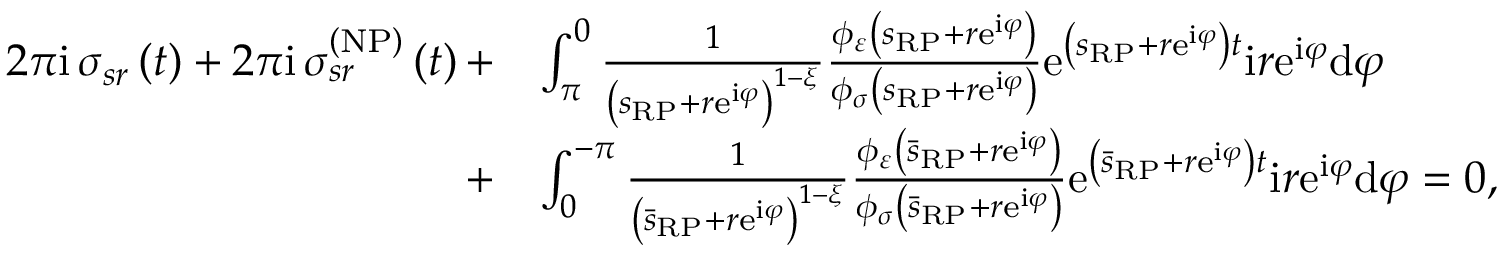
\begin{array} { r l } { 2 \pi \mathrm { i \, } \sigma _ { s r } \left( t \right) + 2 \pi \mathrm { i \, } \sigma _ { s r } ^ { \left( \mathrm { N P } \right) } \left( t \right) + } & { \int _ { \pi } ^ { 0 } \frac { 1 } { \left( s _ { \scriptscriptstyle { \mathrm { R P } } } + r \mathrm { e } ^ { \mathrm { i } \varphi } \right) ^ { 1 - \xi } } \frac { \phi _ { \varepsilon } \left( s _ { \scriptscriptstyle { \mathrm { R P } } } + r \mathrm { e } ^ { \mathrm { i } \varphi } \right) } { \phi _ { \sigma } \left( s _ { \scriptscriptstyle { \mathrm { R P } } } + r \mathrm { e } ^ { \mathrm { i } \varphi } \right) } \mathrm { e } ^ { \left( s _ { \scriptscriptstyle { \mathrm { R P } } } + r \mathrm { e } ^ { \mathrm { i } \varphi } \right) t } \mathrm { i } r \mathrm { e } ^ { \mathrm { i } \varphi } \mathrm { d } \varphi } \\ { + } & { \int _ { 0 } ^ { - \pi } \frac { 1 } { \left( \bar { s } _ { \scriptscriptstyle { \mathrm { R P } } } + r \mathrm { e } ^ { \mathrm { i } \varphi } \right) ^ { 1 - \xi } } \frac { \phi _ { \varepsilon } \left( \bar { s } _ { \scriptscriptstyle { \mathrm { R P } } } + r \mathrm { e } ^ { \mathrm { i } \varphi } \right) } { \phi _ { \sigma } \left( \bar { s } _ { \scriptscriptstyle { \mathrm { R P } } } + r \mathrm { e } ^ { \mathrm { i } \varphi } \right) } \mathrm { e } ^ { \left( \bar { s } _ { \scriptscriptstyle { \mathrm { R P } } } + r \mathrm { e } ^ { \mathrm { i } \varphi } \right) t } \mathrm { i } r \mathrm { e } ^ { \mathrm { i } \varphi } \mathrm { d } \varphi = 0 , } \end{array}